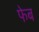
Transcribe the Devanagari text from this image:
फेब